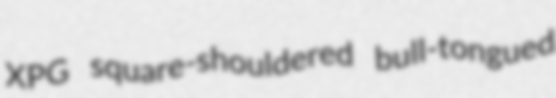
XPG square-shouldered bull-tongued